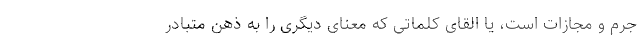
جرم و مجازات است، یا القای کلماتی که معنای دیگری را به ذهن متبادر